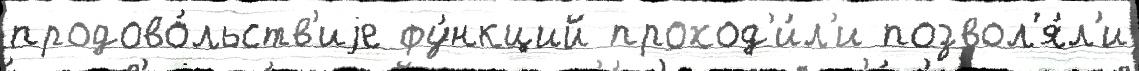
продово́льств'иjе фу́нкций проход'и́л'и позвол'я́л'и